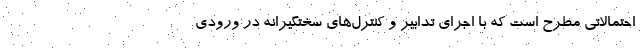
احتمالاتی مطرح است که با اجرای تدابیر و کنترل‌های سختگیرانه در ورودی